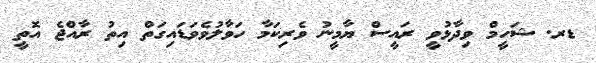
ޑރ. ޝަހީމް ވިދާޅުވީ ރައީސް ޔާމީނު ވެރިކަމާ ހަވާލުވެވަޑައިގަތް އިތު ރާއްޖެ އޮތީ